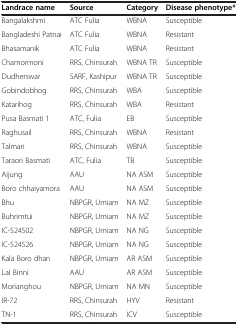
| Landrace name | Source | Category | Disease phenotype* |
 | --- | --- | --- | --- |
 | Bangalakshmi | ATC Fulia | WBNA | Susceptible |
 | Bangladeshi Patnai | ATC Fulia | WBNA | Resistant |
 | Bhasamanik | ATC Fulia | WBNA | Resistant |
 | Chamormoni | RRS, Chinsurah | WBNA TR | Susceptible |
 | Dudherswar | SARF, Kashipur | WBNA TR | Susceptible |
 | Gobindobhog | RRS, Chinsurah | WBA | Susceptible |
 | Katarihog | RRS, Chinsurah | WBA | Resistant |
 | Pusa Basmati 1 | ATC, Fulia | EB | Susceptible |
 | Raghusail | RRS, Chinsurah | WBNA | Resistant |
 | Talmari | RRS, Chinsurah | WBNA | Susceptible |
 | Taraori Basmati | ATC, Fulia | TB | Susceptible |
 | Aijung | AAU | NA ASM | Susceptible |
 | Boro chhaiyamora | AAU | NA ASM | Susceptible |
 | Bhu | NBPGR, Umiam | NA MZ | Susceptible |
 | Buhrimtui | NBPGR, Umiam | NA MZ | Susceptible |
 | IC-524502 | NBPGR, Umiam | NA NG | Susceptible |
 | IC-524526 | NBPGR, Umiam | NA NG | Susceptible |
 | Kala Boro dhan | NBPGR, Umiam | AR ASM | Susceptible |
 | Lal Binni | AAU | AR ASM | Susceptible |
 | Morianghou | NBPGR, Umiam | NA MN | Susceptible |
 | IR-72 | RRS, Chinsurah | HYV | Resistant |
 | TN-1 | RRS, Chinsurah | ICV | Susceptible |